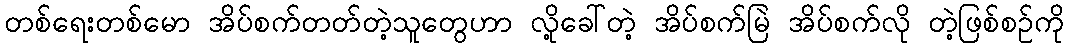
တစ်ရေးတစ်မော အိပ်စက်တတ်တဲ့သူတွေဟာ လို့ခေါ်တဲ့ အိပ်စက်မြဲ အိပ်စက်လို တဲ့ဖြစ်စဉ်ကို